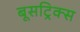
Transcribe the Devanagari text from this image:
बूसट्रिक्स